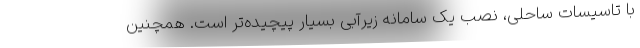
با تاسیسات ساحلی، نصب یک سامانه زیرآبی بسیار پیچیده‌تر است. همچنین